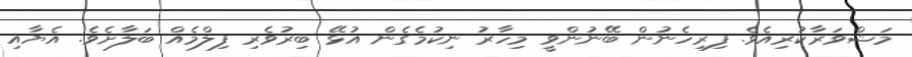
މަޝްވަރާކުރިއެވެ. ފިރިހެނުން ބޭނުންވީ މިހާރު ނިކުމެގެން އުޅޭ ބިރުވެރި ފިލްމެއް ބަލާށެވެ. އެޔާއި